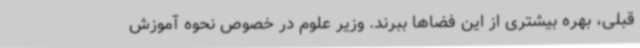
قبلی، بهره بیشتری از این فضاها ببرند. وزیر علوم در خصوص نحوه آموزش